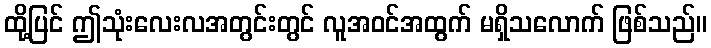
ထို့ပြင် ဤသုံးလေးလအတွင်းတွင် လူအဝင်အထွက် မရှိသလောက် ဖြစ်သည်။